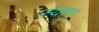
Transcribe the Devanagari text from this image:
स्याम्‌